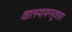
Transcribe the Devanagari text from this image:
वात्स्यायनसूत्रसार